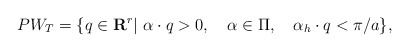
\begin{align*}PW_T=\{q\in{\bf R}^r|\ \alpha\cdot q>0,\quad \alpha\in\Pi, \quad \alpha_h\cdot q<\pi/a\}, \end{align*}